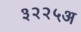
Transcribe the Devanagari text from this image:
३२२५अ